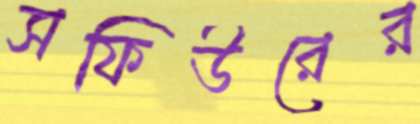
সফিউরের